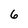
Character: 6